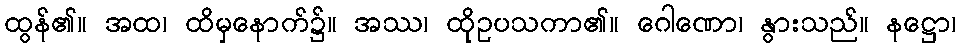
ထွန်၏။ အထ၊ ထိမှနောက်၌။ အဿ၊ ထိုဥပသကာ၏။ ဂေါဏော၊ နွားသည်။ နဋ္ဌော၊